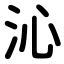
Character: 沁